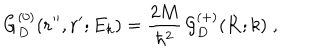
LaTeX: G _ { D } ^ { ( 0 ) } ( { \bf r ^ { \prime \prime } } , { \bf r ^ { \prime } } ; E _ { k } ) = \frac { 2 M } { \hbar ^ { 2 } } \, { \mathcal G } _ { D } ^ { ( + ) } ( { \bf R } ; k ) \; ,